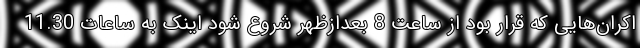
اکران‌هایی که قرار بود از ساعت 8 بعدازظهر شروع شود اینک به ساعات 11.30